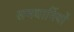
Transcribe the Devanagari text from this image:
समधार्मियों